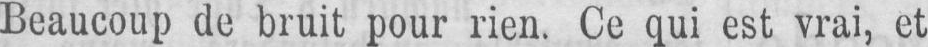
Beaucoup de bruit pour rien. Ce qui est vrai, et